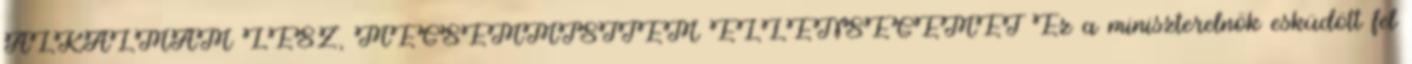
ALKALMAM LESZ, MEGSEMMISÍTEM ELLENSÉGEMET Ez a miniszterelnök esküdött fel